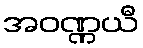
အဝဏ္ဏယီ